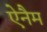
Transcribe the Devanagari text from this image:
ऐनैम